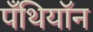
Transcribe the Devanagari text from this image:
पँथियॉन